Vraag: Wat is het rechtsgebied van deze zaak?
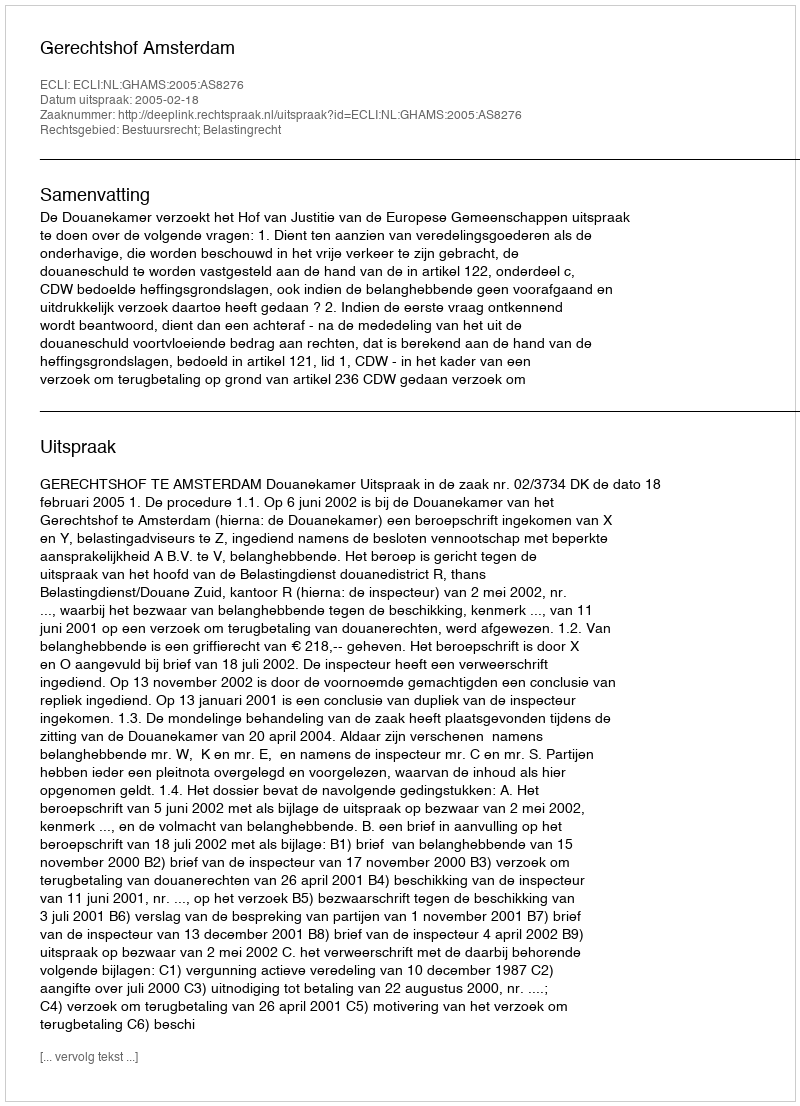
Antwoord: Bestuursrecht; Belastingrecht